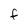
Character: F